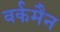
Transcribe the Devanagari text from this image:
वर्कमैन